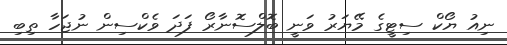
ނިއު ޔޯކް ސިޓީގެ މޭޔަރު ވަނީ ބޮލްސޮނާރޯ ފަދަ ވެކްސިން ނުޖަހާ ތިބި